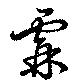
霖